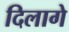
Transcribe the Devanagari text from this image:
दिलागे